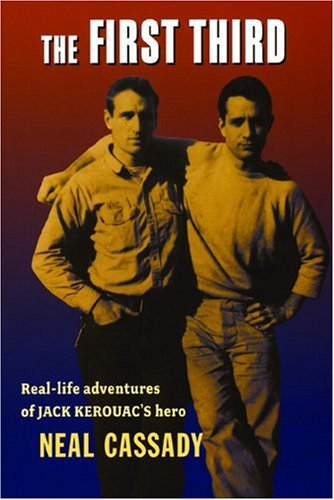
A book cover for The First Third; Neal Cassady; Travel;